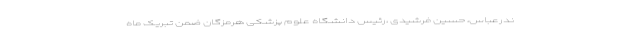
ندرعباس، حسین فرشیدی ،رئیس دانشگاه علوم پزشکی هرمزگان ضمن تبریک ماه